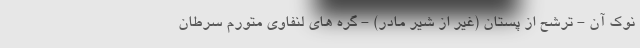
نوک آن - ترشح از پستان (غیر از شیر مادر) - گره های لنفاوی متورم سرطان